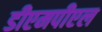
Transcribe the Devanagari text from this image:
डीएमपीएल